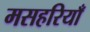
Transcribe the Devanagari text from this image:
मसहरियाँ